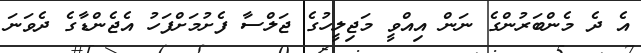
އެ ދެ މެންބަރުންގެ ނަން އިއްވީ މަޖިލީހުގެ ޖަލްސާ ފެށުމަށްފަހު އެޖެންޑާގެ ދެވަނަ